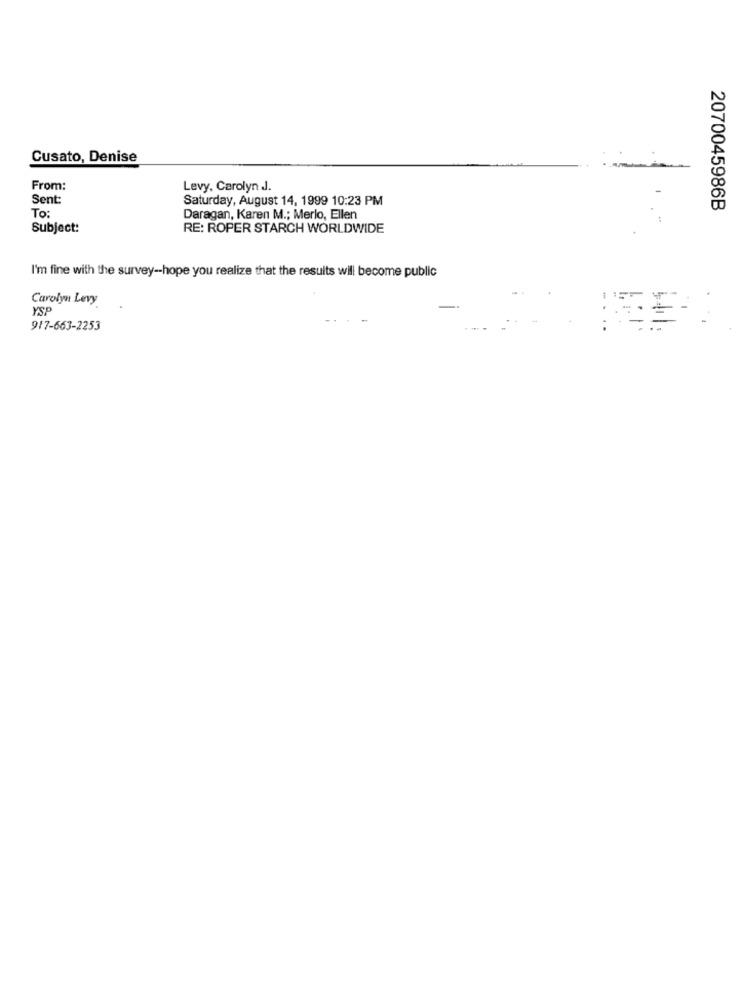
Cusato, Denise
From:
Levy, Carolyn J.
Sent:
Saturday, August 14, 1999 10:23 PM
2070045986B
To:
Daragan, Karen M .; Merlo, Ellen
Subject:
RE: ROPER STARCH WORLDWIDE
I'm fine with the survey -- hope you realize that the results will become public
Carolyn Levy
YSF
917-663-2253